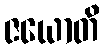
ဇယောတိ